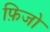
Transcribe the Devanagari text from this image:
फ़िजो